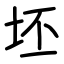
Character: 坯